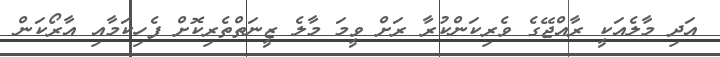
އަދި މާލެއަކީ ރާއްޖޭގެ ވެރިކަންކުރާ ރަށް ވީމަ މާލެ ޒީނަތްތެރިކޮށް ފެހިކަމާއި އާރޯކަން